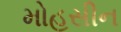
મોહસીન